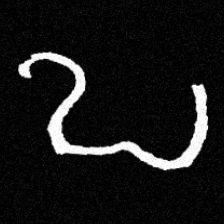
Pyu character \u2014 Myanmar letter: ဎ (romanized: ddha)